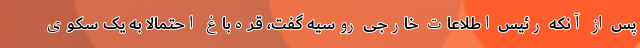
پس از آنکه رئیس اطلاعات خارجی روسیه گفت، قره‌باغ احتمالا به یک سکوی